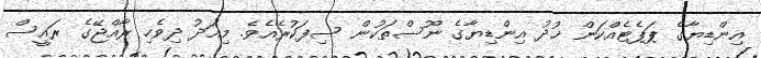
އިންޑިޔާގެ ޕަޕެޓެއްކަން ޚުދު އިންޑިޔާގެ ނޫސްތަކުން ސިފަކުރެއެވެ. މިއަދު ދިވެހި ރާއްޖޭގެ ރައީސް